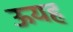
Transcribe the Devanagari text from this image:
ऊयह